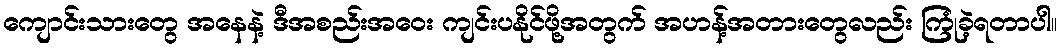
ကျောင်းသားတွေ အနေနဲ့ ဒီအစည်းအဝေး ကျင်းပနိုင်ဖို့အတွက် အဟန့်အတားတွေလည်း ကြုံခဲ့ရတာပါ။